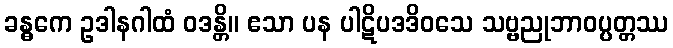
ခန္ဓကေ ဥဒါနဂါထံ ဝဒန္တိ။ ဧသာ ပန ပါဋိပဒဒိဝသေ သဗ္ဗညုဘာဝပ္ပတ္တဿ